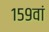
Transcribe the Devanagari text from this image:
१५९वां